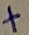
Text: +